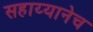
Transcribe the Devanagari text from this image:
सहाय्यानेच